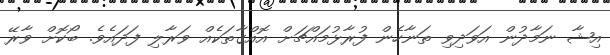
އިޝާ ނަމާދުން އަވަދިވި ތަނާހެން ފުރާޅުމައްޗަށް އޮއްގާތަކެއް ވަރާލި ފަދައެވެ. ބޯކޮށް ވާރޭ